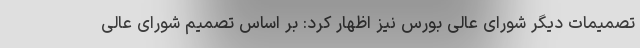
تصمیمات دیگر شورای عالی بورس نیز اظهار کرد: بر اساس تصمیم شورای عالی